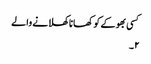
کسی بھوکے کو کھانا کھلانے والے
۲۔